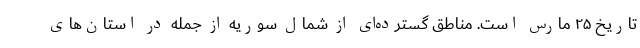
تاریخ ۲۵ مارس است. مناطق گسترده‌ای از شمال سوریه از جمله در استان‌های